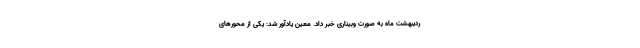
ردیبهشت ماه به صورت وبیناری خبر داد. معین یادآور شد: یکی از محورهای